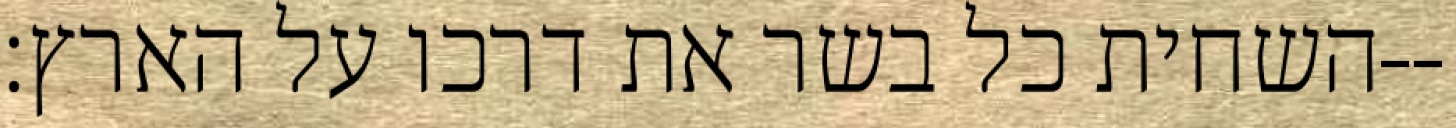
השחית כל בשר את דרכו על הארץ׃--